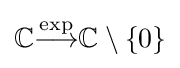
\mathbb {C} {\stackrel {\exp }{\longrightarrow }}\mathbb {C} \setminus \{0\}